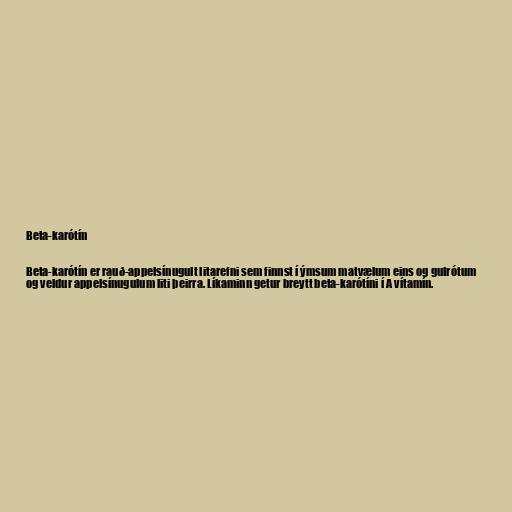
Beta-karótín

Beta-karótín er rauð-appelsínugult litarefni sem finnst í ýmsum matvælum eins og gulrótum
og veldur appelsínugulum liti þeirra. Líkaminn getur breytt beta-karótíni í A vítamín.